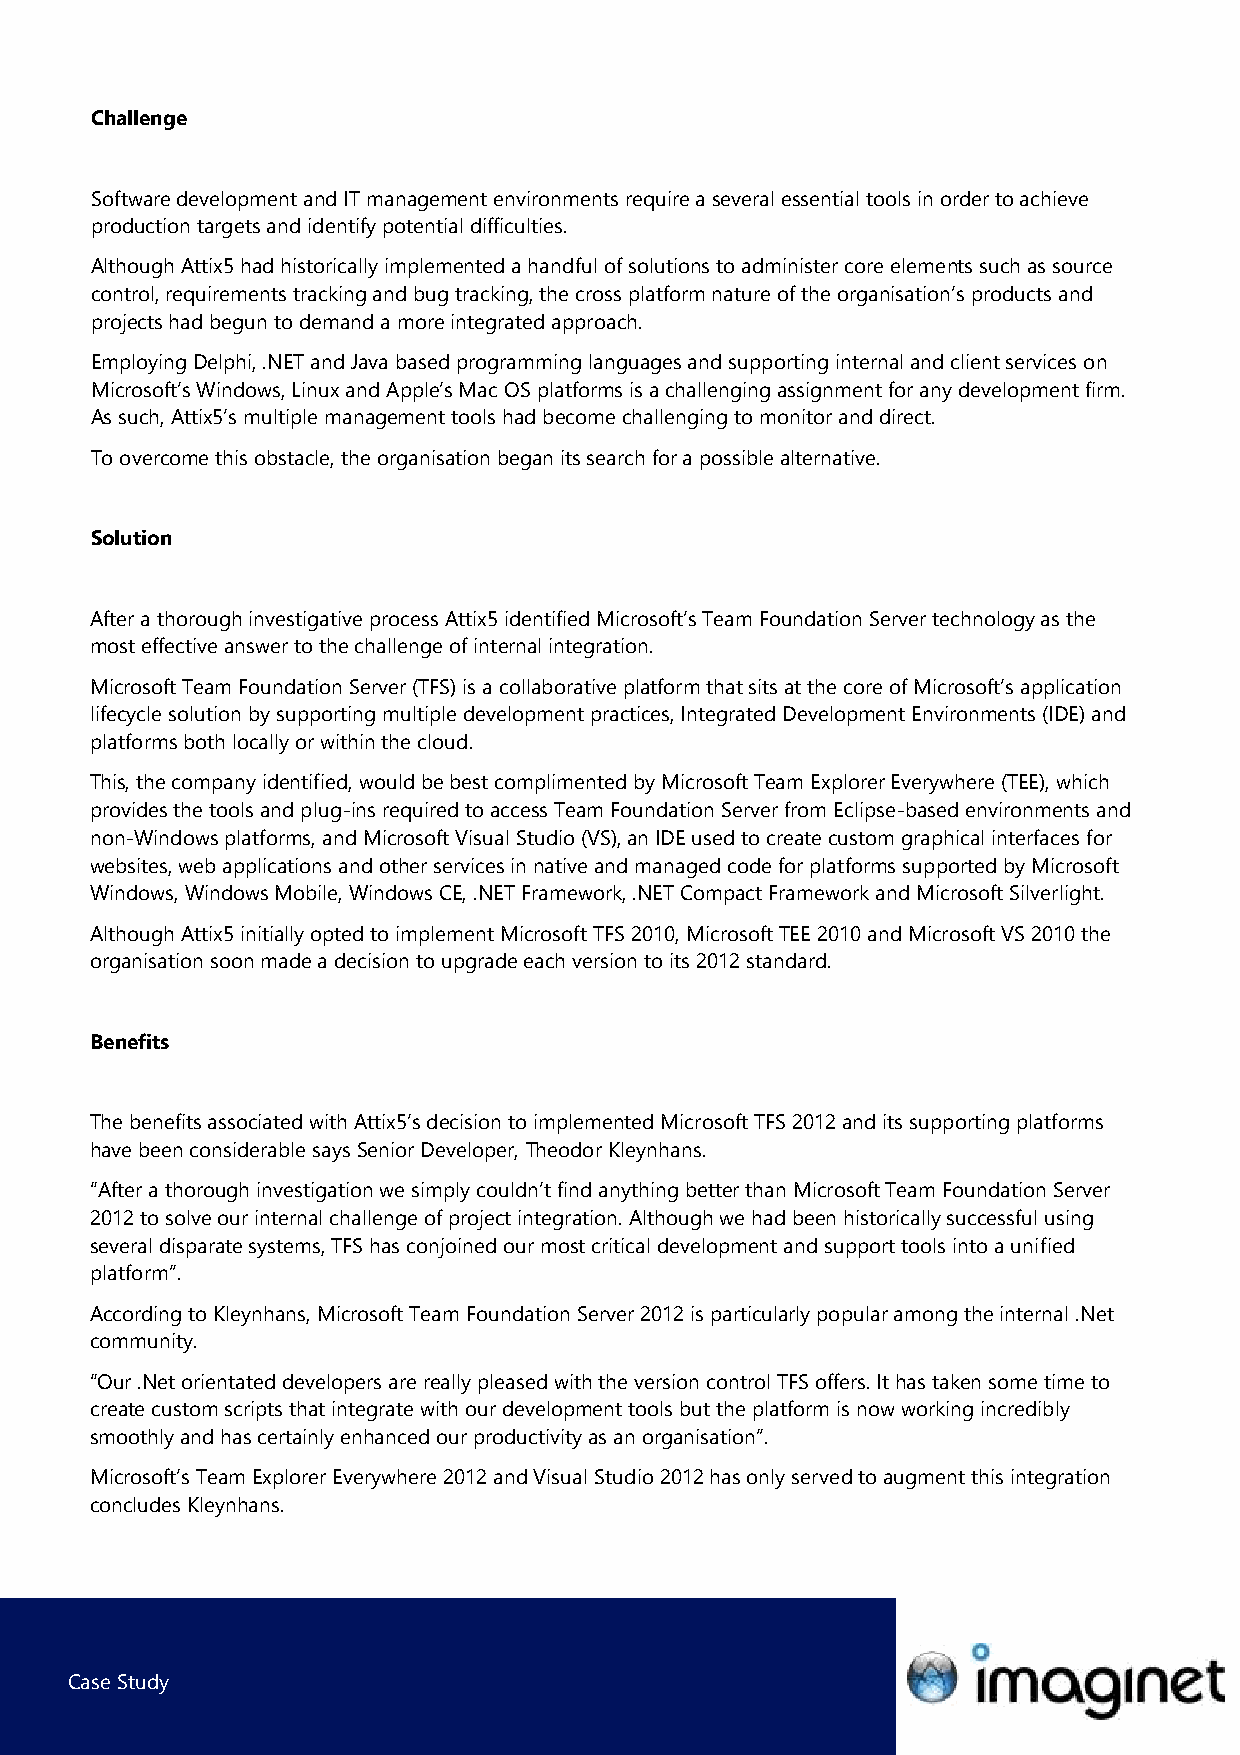
Challenge
 Software development and IT management environments require a several essential tools in order to achieve
 production targets and identify potential difficulties.
 Although Attix5 had historically implemented a handful of solutions to administer core elements such as source
 control, requirements tracking and bug tracking, the cross platform nature of the organisation’s products and
 projects had begun to demand a more integrated approach.
 Employing Delphi, .NET and Java based programming languages and supporting internal and client services on
 Microsoft’s Windows, Linux and Apple’s Mac OS platforms is a challenging assignment for any development firm.
 As such, Attix5’s multiple management tools had become challenging to monitor and direct.
 To overcome this obstacle, the organisation began its search for a possible alternative.
 Solution
 After a thorough investigative process Attix5 identified Microsoft’s Team Foundation Server technology as the
 most effective answer to the challenge of internal integration.
 Microsoft Team Foundation Server (TFS) is a collaborative platform that sits at the core of Microsoft’s application
 lifecycle solution by supporting multiple development practices, Integrated Development Environments (IDE) and
 platforms both locally or within the cloud.
 This, the company identified, would be best complimented by Microsoft Team Explorer Everywhere (TEE), which
 provides the tools and plug-ins required to access Team Foundation Server from Eclipse-based environments and
 non-Windows platforms, and Microsoft Visual Studio (VS), an IDE used to create custom graphical interfaces for
 websites, web applications and other services in native and managed code for platforms supported by Microsoft
 Windows, Windows Mobile, Windows CE, .NET Framework, .NET Compact Framework and Microsoft Silverlight.
 Although Attix5 initially opted to implement Microsoft TFS 2010, Microsoft TEE 2010 and Microsoft VS 2010 the
 organisation soon made a decision to upgrade each version to its 2012 standard.
 Benefits
 The benefits associated with Attix5’s decision to implemented Microsoft TFS 2012 and its supporting platforms
 have been considerable says Senior Developer, Theodor Kleynhans.
 “After a thorough investigation we simply couldn’t find anything better than Microsoft Team Foundation Server
 2012 to solve our internal challenge of project integration. Although we had been historically successful using
 several disparate systems, TFS has conjoined our most critical development and support tools into a unified
 platform”.
 According to Kleynhans, Microsoft Team Foundation Server 2012 is particularly popular among the internal .Net
 community.
 “Our .Net orientated developers are really pleased with the version control TFS offers. It has taken some time to
 create custom scripts that integrate with our development tools but the platform is now working incredibly
 smoothly and has certainly enhanced our productivity as an organisation”.
 Microsoft’s Team Explorer Everywhere 2012 and Visual Studio 2012 has only served to augment this integration
 concludes Kleynhans.
 Case Study